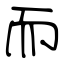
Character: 而